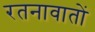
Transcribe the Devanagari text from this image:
रतनावातों